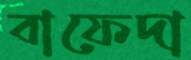
বাফেদা